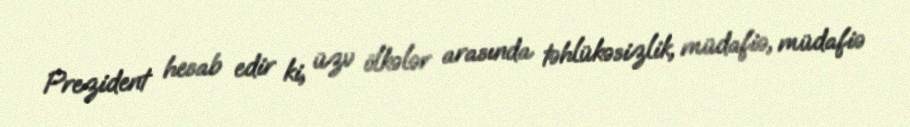
Prezident hesab edir ki, üzv ölkələr arasında təhlükəsizlik, müdafiə, müdafiə